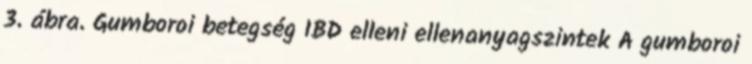
3. ábra. Gumboroi betegség IBD elleni ellenanyagszintek A gumboroi